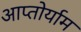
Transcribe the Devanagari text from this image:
आप्‍तोर्याम